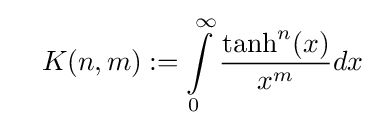
\quad K(n,m):=\int \limits _{0}^{\infty }{\dfrac {\tanh ^{n}(x)}{x^{m}}}dx